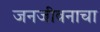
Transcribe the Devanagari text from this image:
जनजीवनाचा